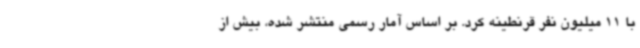
با 11 میلیون نفر قرنطینه کرد. بر اساس آمار رسمی منتشر شده، بیش از